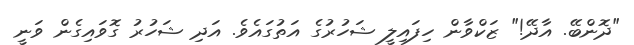
"ދޮންބޭ. އާދޭ!" ޒަކްވާން ހިފައިލީ ޝަހުރުގެ އަތުގައެވެ. އަދި ޝަހުރު ގޮވައިގެން ވަނީ